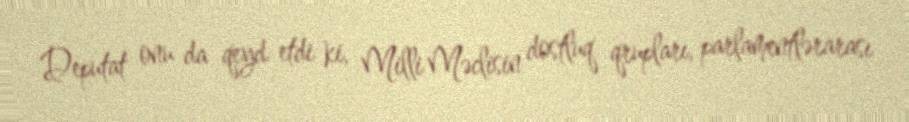
Deputat onu da qeyd etdi ki, Milli Məclisin dostluq qrupları, parlamentlərarası